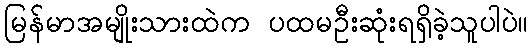
မြန်မာအမျိုးသားထဲက ပထမဦးဆုံးရရှိခဲ့သူပါပဲ။